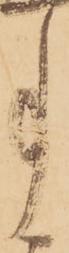
事